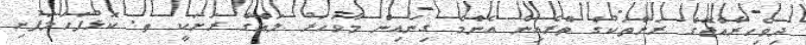
ދިވެހިރާއްޖޭގެ ރަށްތަކުގެ ތެރެއިން އެންމެ ގިނައިން މާވަހަރު ލައްގާ ރަށަކީ ތ. ކަޅުފަހަލަފުށި